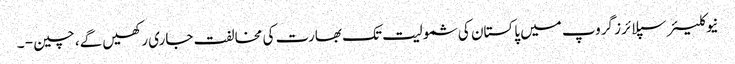
نیوکلیئرسپلائرز گروپ میں پاکستان کی شمولیت تک بھارت کی مخالفت جاری رکھیں گے، چین - ۔